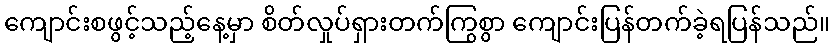
ကျောင်းစဖွင့်သည့်နေ့မှာ စိတ်လှုပ်ရှားတက်ကြွစွာ ကျောင်းပြန်တက်ခဲ့ရပြန်သည်။